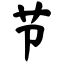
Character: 节